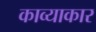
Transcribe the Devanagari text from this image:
काव्याकार